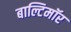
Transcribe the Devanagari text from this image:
बाल्टिमॉर